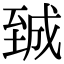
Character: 臹